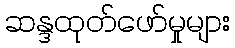
ဆန္ဒထုတ်ဖော်မှုများ